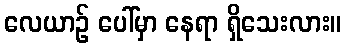
လေယာဉ် ပေါ်မှာ နေရာ ရှိသေးလား။